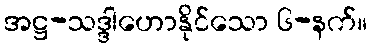
အဋ္ဌ-သဒ္ဒါဟောနိုင်သော ၆-နက်။